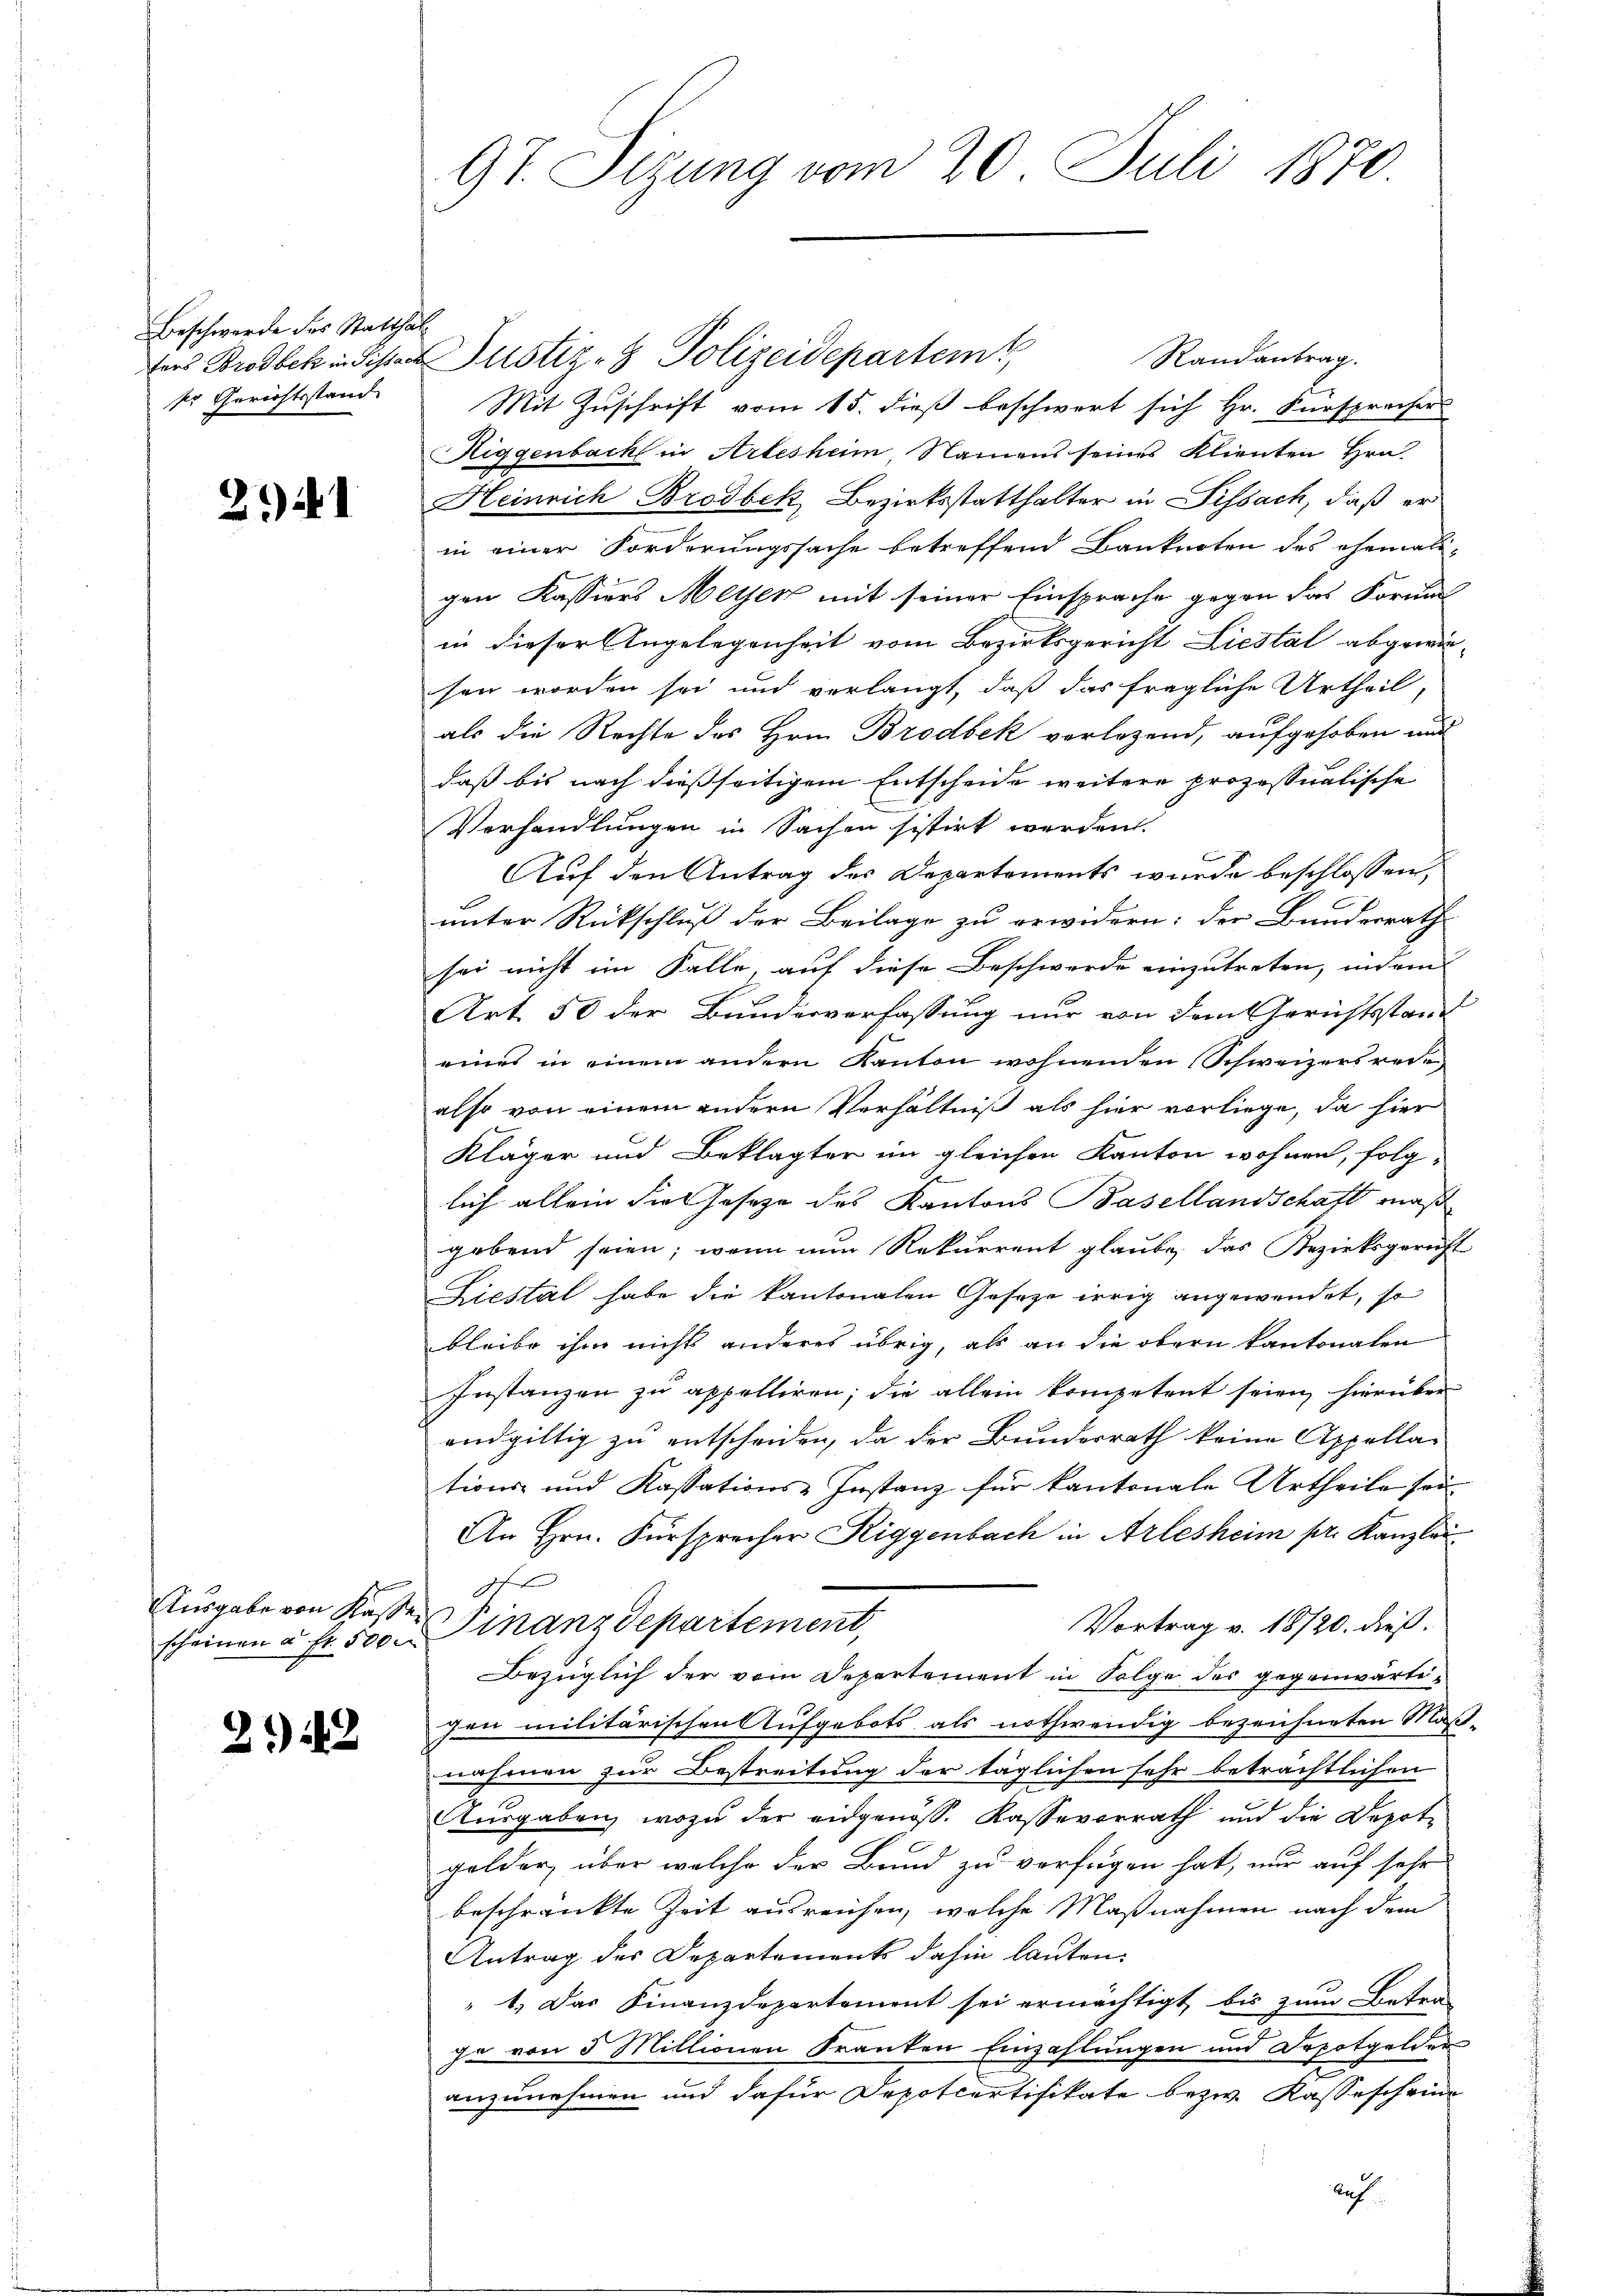
Beschwerde des Statthaldr Gerichtsstand

2) I

Ausgabe von Kasser

32

97. Sizung vom 20. Juli 1870.

Randantrag.
fers Brodbek in distanzustiz- & Polizeidepartem
Mit Zuschrift vom 15. dieß beschwert sich Hr. Fürsprocher
Higgenbach in Arlesheim, Namens seines Klienten Hrn.
Heinrich Brodbek, Bezirksstatthalter in Sissach, daß er
in einer Forderungssache betreffend Banknoten des ehemali-
gen Kassiers Metzen mit seiner Einsprache gegen das Forma
in dieser Angelegenheit vom Bezirksgericht Liestal abgewiesen worden sei und verlangt, daß das fragliche Urtheil,
als die Rechte des Hrn. Brodbek verlegend, aufgehoben und
daß bis nach dießseitigem Entscheide weitere prozessualische
Verhandlungen in Sachen sistirt werden.
Auf den Antrag des Departements wurde beschlossen,
unter Rückschluß der Beilage zu erwidern: der Bundesrath
sei nicht im Falle, auf diese Beschwerde einzutreten, indem
Art. 50 der Bundesverfassung nur von dem Gerichtsstand
eines in einem andern Kanton wohnenden Schweizers redealso von einem andern Verhältniß als hier vorliege, da hier
Kläger und Beklagter im gleichen Kanton wohnen, folg¬
2
5
lich allein die Gesetze des Kantons Basellandschaft maß
gebend seien; wenn nun Rekurrent glaube, das Bezirksgericht
Liestal habe die kantonalen Gesetze irrig angewendet, so
bleibe ihm nichts anderes übrig, als an die obern kantonalen
Instanzen zu appelliren; die allein kompetent seien, hierüber
endgültig zu entscheiden, da der Bunderrath keine Appellations- und Kassations-Instanz für kantonale Urtheile sei
An Hrn. Fürsprecher Riggenbach in Arlesheim pr. Kanzlei
h
Vortrag v. 18720. dießscheinen u. fr. 500 u. Finanzdepartement
Bezüglich der vom Departement in Folge des gegenwärtizen militärischen Aufgebots als nothwendig bezeichneten Maß-
nahmen zur Bestreitung der täglichen sehr beträchtlichen
Ausgaben, wozu der eidgenöss. Kasse vorrath und die Depote
gelder, über welche der Bund zu verfügen hat, nur auf sehr
beschränkte Zeit ausreichen, welche Maßnahmen nach dem
Antrag des Departements dahin lauten.
" 1. Das Finanzdepartement sei ermächtigt bis zum Betra-
ge von 5 Millionen Franken Einzahlungen und Depotgelder
anzunehmen und dafür Depotcurtifikate bezw. Kasseschein
Auf